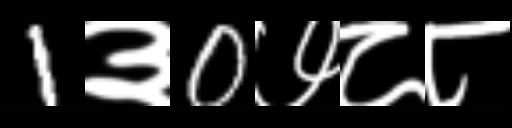
Text: 1३0७८८